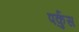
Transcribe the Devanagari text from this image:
पर्कुस